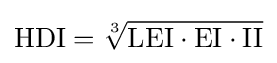
{\textrm {HDI}}={\sqrt[{3}]{{\textrm {LEI}}\cdot {\textrm {EI}}\cdot {\textrm {II}}}}